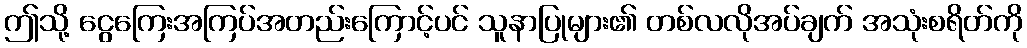
ဤသို့ ငွေကြေးအကြပ်အတည်းကြောင့်ပင် သူနာပြုများ၏ တစ်လလိုအပ်ချက် အသုံးစရိတ်ကို